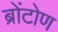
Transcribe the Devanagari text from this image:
ब्रोंटोण